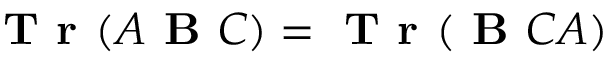
\textbf { T r } ( \boldsymbol { A } \boldsymbol { \textbf { B } } \boldsymbol { C } ) = \textbf { T r } ( \boldsymbol { \textbf { B } } \boldsymbol { C } \boldsymbol { A } )